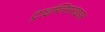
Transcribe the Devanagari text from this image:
ट्राइग्लिसराइडस